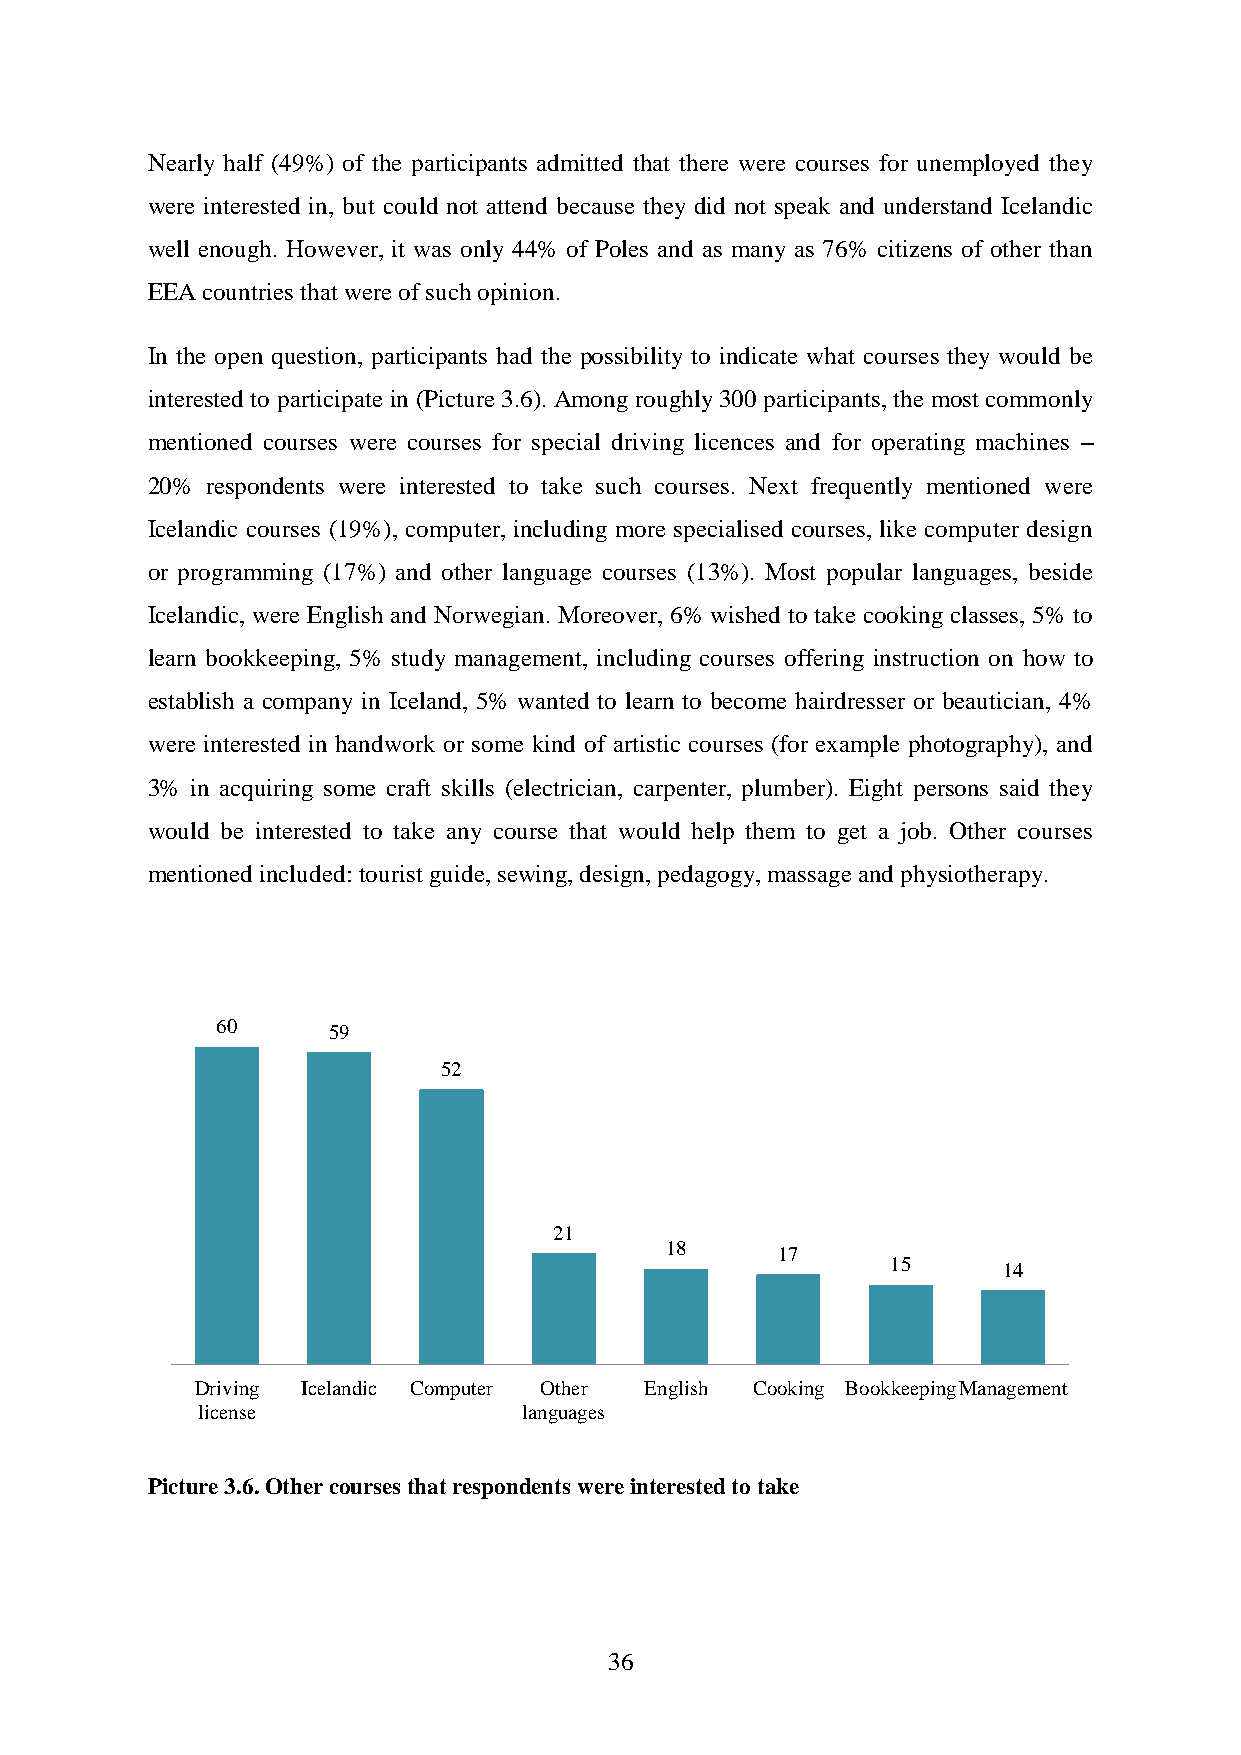
Nearly half (49%) of the participants admitted that there were courses for unemployed they
 were interested in, but could not attend because they did not speak and understand Icelandic
 well enough. However, it was only 44% of Poles and as many as 76% citizens of other than
 EEA countries that were of such opinion.
 In the open question, participants had the possibility to indicate what courses they would be
 interested to participate in (Picture 3.6). Among roughly 300 participants, the most commonly
 mentioned courses were courses for special driving licences and for operating machines –
 20% respondents were interested to take such courses. Next frequently mentioned were
 Icelandic courses (19%), computer, including more specialised courses, like computer design
 or programming (17%) and other language courses (13%). Most popular languages, beside
 Icelandic, were English and Norwegian. Moreover, 6% wished to take cooking classes, 5% to
 learn bookkeeping, 5% study management, including courses offering instruction on how to
 establish a company in Iceland, 5% wanted to learn to become hairdresser or beautician, 4%
 were interested in handwork or some kind of artistic courses (for example photography), and
 3% in acquiring some craft skills (electrician, carpenter, plumber). Eight persons said they
 would be interested to take any course that would help them to get a job. Other courses
 mentioned included: tourist guide, sewing, design, pedagogy, massage and physiotherapy.
 60      59
 52
 21
 18     17
 15     14
 Driving Icelandic Computer Other English Cooking BookkeepingManagement
 license               languages
 Picture 3.6. Other courses that respondents were interested to take
 36